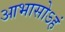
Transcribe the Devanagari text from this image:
आभासोऽहं